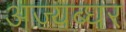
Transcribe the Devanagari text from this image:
अज्यब्घर